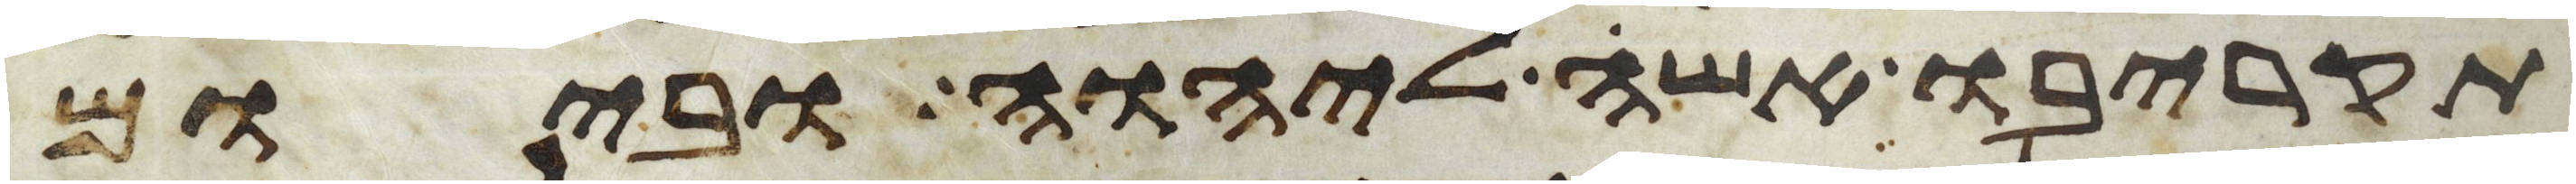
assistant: תקריבו אשה ליהוה וביום